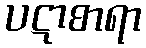
ပဋာစာရာ